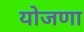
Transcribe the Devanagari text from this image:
योजणा